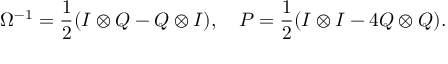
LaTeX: \Omega ^ { - 1 } = \frac { 1 } { 2 } ( I \otimes Q - Q \otimes I ) , ~ ~ ~ P = \frac { 1 } { 2 } ( I \otimes I - 4 Q \otimes Q ) .